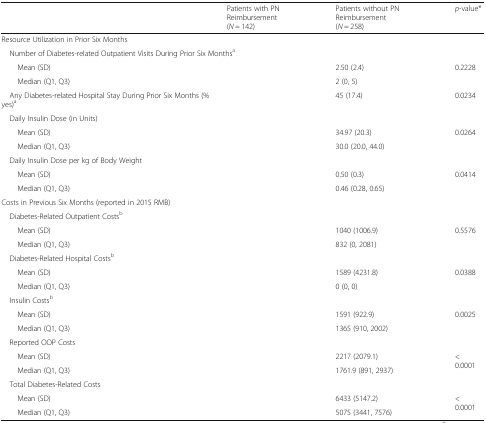
<table><thead><tr><td>[EMPTY_CELL]</td><td><b>Patients with PN Reimbursement(<i>N</i> = 142)</b></td><td><b>Patients without PN Reimbursement(<i>N</i> = 258)</b></td><td><b><i>p</i>-value*</b></td></tr></thead><tbody><tr><td colspan="4">Resource Utilization in Prior Six Months</td></tr><tr><td colspan="4"> Number of Diabetes-related Outpatient Visits During Prior Six Months<sup>a</sup></td></tr><tr><td>Mean (SD)</td><td>[EMPTY_CELL]</td><td>2.50 (2.4)</td><td rowspan="2">0.2228</td></tr><tr><td>Median (Q1, Q3)</td><td>[EMPTY_CELL]</td><td>2 (0, 5)</td></tr><tr><td> Any Diabetes-related Hospital Stay During Prior Six Months (% yes)<sup>a</sup></td><td>[EMPTY_CELL]</td><td>45 (17.4)</td><td>0.0234</td></tr><tr><td colspan="4"> Daily Insulin Dose (in Units)</td></tr><tr><td>Mean (SD)</td><td>[EMPTY_CELL]</td><td>34.97 (20.3)</td><td rowspan="2">0.0264</td></tr><tr><td>Median (Q1, Q3)</td><td>[EMPTY_CELL]</td><td>30.0 (20.0, 44.0)</td></tr><tr><td colspan="4"> Daily Insulin Dose per kg of Body Weight</td></tr><tr><td>Mean (SD)</td><td>[EMPTY_CELL]</td><td>0.50 (0.3)</td><td rowspan="2">0.0414</td></tr><tr><td>Median (Q1, Q3)</td><td>[EMPTY_CELL]</td><td>0.46 (0.28, 0.65)</td></tr><tr><td colspan="4">Costs in Previous Six Months (reported in 2015 RMB)</td></tr><tr><td colspan="4"> Diabetes-Related Outpatient Costs<sup>b</sup></td></tr><tr><td>Mean (SD)</td><td>[EMPTY_CELL]</td><td>1040 (1006.9)</td><td rowspan="2">0.5576</td></tr><tr><td>Median (Q1, Q3)</td><td>[EMPTY_CELL]</td><td>832 (0, 2081)</td></tr><tr><td colspan="4"> Diabetes-Related Hospital Costs<sup>b</sup></td></tr><tr><td>Mean (SD)</td><td>[EMPTY_CELL]</td><td>1589 (4231.8)</td><td rowspan="2">0.0388</td></tr><tr><td>Median (Q1, Q3)</td><td>[EMPTY_CELL]</td><td>0 (0, 0)</td></tr><tr><td colspan="4"> Insulin Costs<sup>b</sup></td></tr><tr><td>Mean (SD)</td><td>[EMPTY_CELL]</td><td>1591 (922.9)</td><td rowspan="2">0.0025</td></tr><tr><td>Median (Q1, Q3)</td><td>[EMPTY_CELL]</td><td>1365 (910, 2002)</td></tr><tr><td colspan="4"> Reported OOP Costs</td></tr><tr><td>Mean (SD)</td><td>[EMPTY_CELL]</td><td>2217 (2079.1)</td><td rowspan="2">&lt;0.0001</td></tr><tr><td>Median (Q1, Q3)</td><td>[EMPTY_CELL]</td><td>1761.9 (891, 2937)</td></tr><tr><td colspan="4"> Total Diabetes-Related Costs</td></tr><tr><td>Mean (SD)</td><td>[EMPTY_CELL]</td><td>6433 (5147.2)</td><td rowspan="2">&lt;0.0001</td></tr><tr><td>Median (Q1, Q3)</td><td>[EMPTY_CELL]</td><td>5075 (3441, 7576)</td></tr></tbody></table>